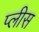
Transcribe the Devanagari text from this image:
प्लीस